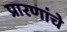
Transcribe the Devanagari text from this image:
प्रारणांचे